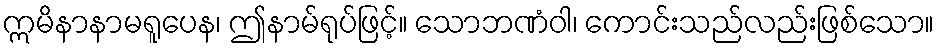
ဣမိနာနာမရူပေန၊ ဤနာမ်ရုပ်ဖြင့်။ သောဘဏံဝါ၊ ကောင်းသည်လည်းဖြစ်သော။